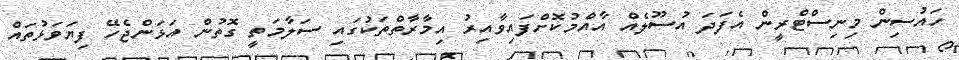
ހައުސިން މިނިސްޓްރީން އެފަދަ އުސޫލެއް އާއްމުކޮށްފައިވާއިރު އިމާރާތްތަކުގައި ސަލާމަތީ ގޮތުން އަޅަންޖެހޭ ފިޔަވަޅުތައް